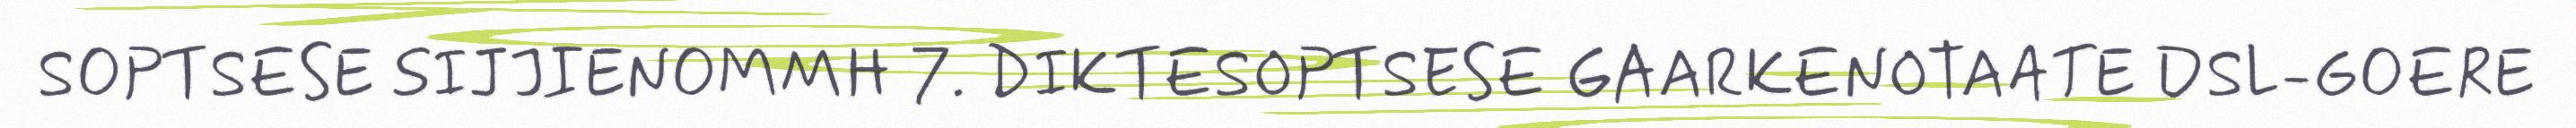
SOPTSESE SIJJIENOMMH 7. DIKTESOPTSESE GAARKENOTAATE DSL-GOERE